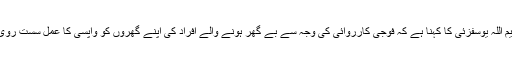
تجزیہ کار رحیم اللہ یوسفزئی کا کہنا ہے کہ فوجی کارروائی کی وجہ سے بے گھر ہونے والے افراد کی اپنے گھروں کو واپسی کا عمل سست روی کا شکار ہے۔